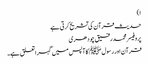
ا)
حدیث قرآن کی تشریح کرتی ہے
پروفیسر محمد رفیق چودھری
قرآن اور رسول ﷺ کا آپس میں گہرا تعلق ہے۔